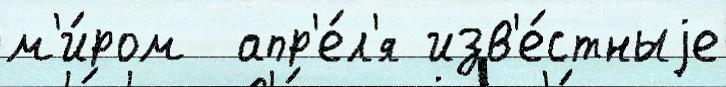
м'и́ром  апр'е́л'я изв'е́стныjе